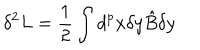
\delta ^ { 2 } L = \frac { 1 } { 2 } \int d ^ { p } x \delta y { \hat { B } } \delta y